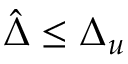
\hat { \Delta } \le \Delta _ { u }